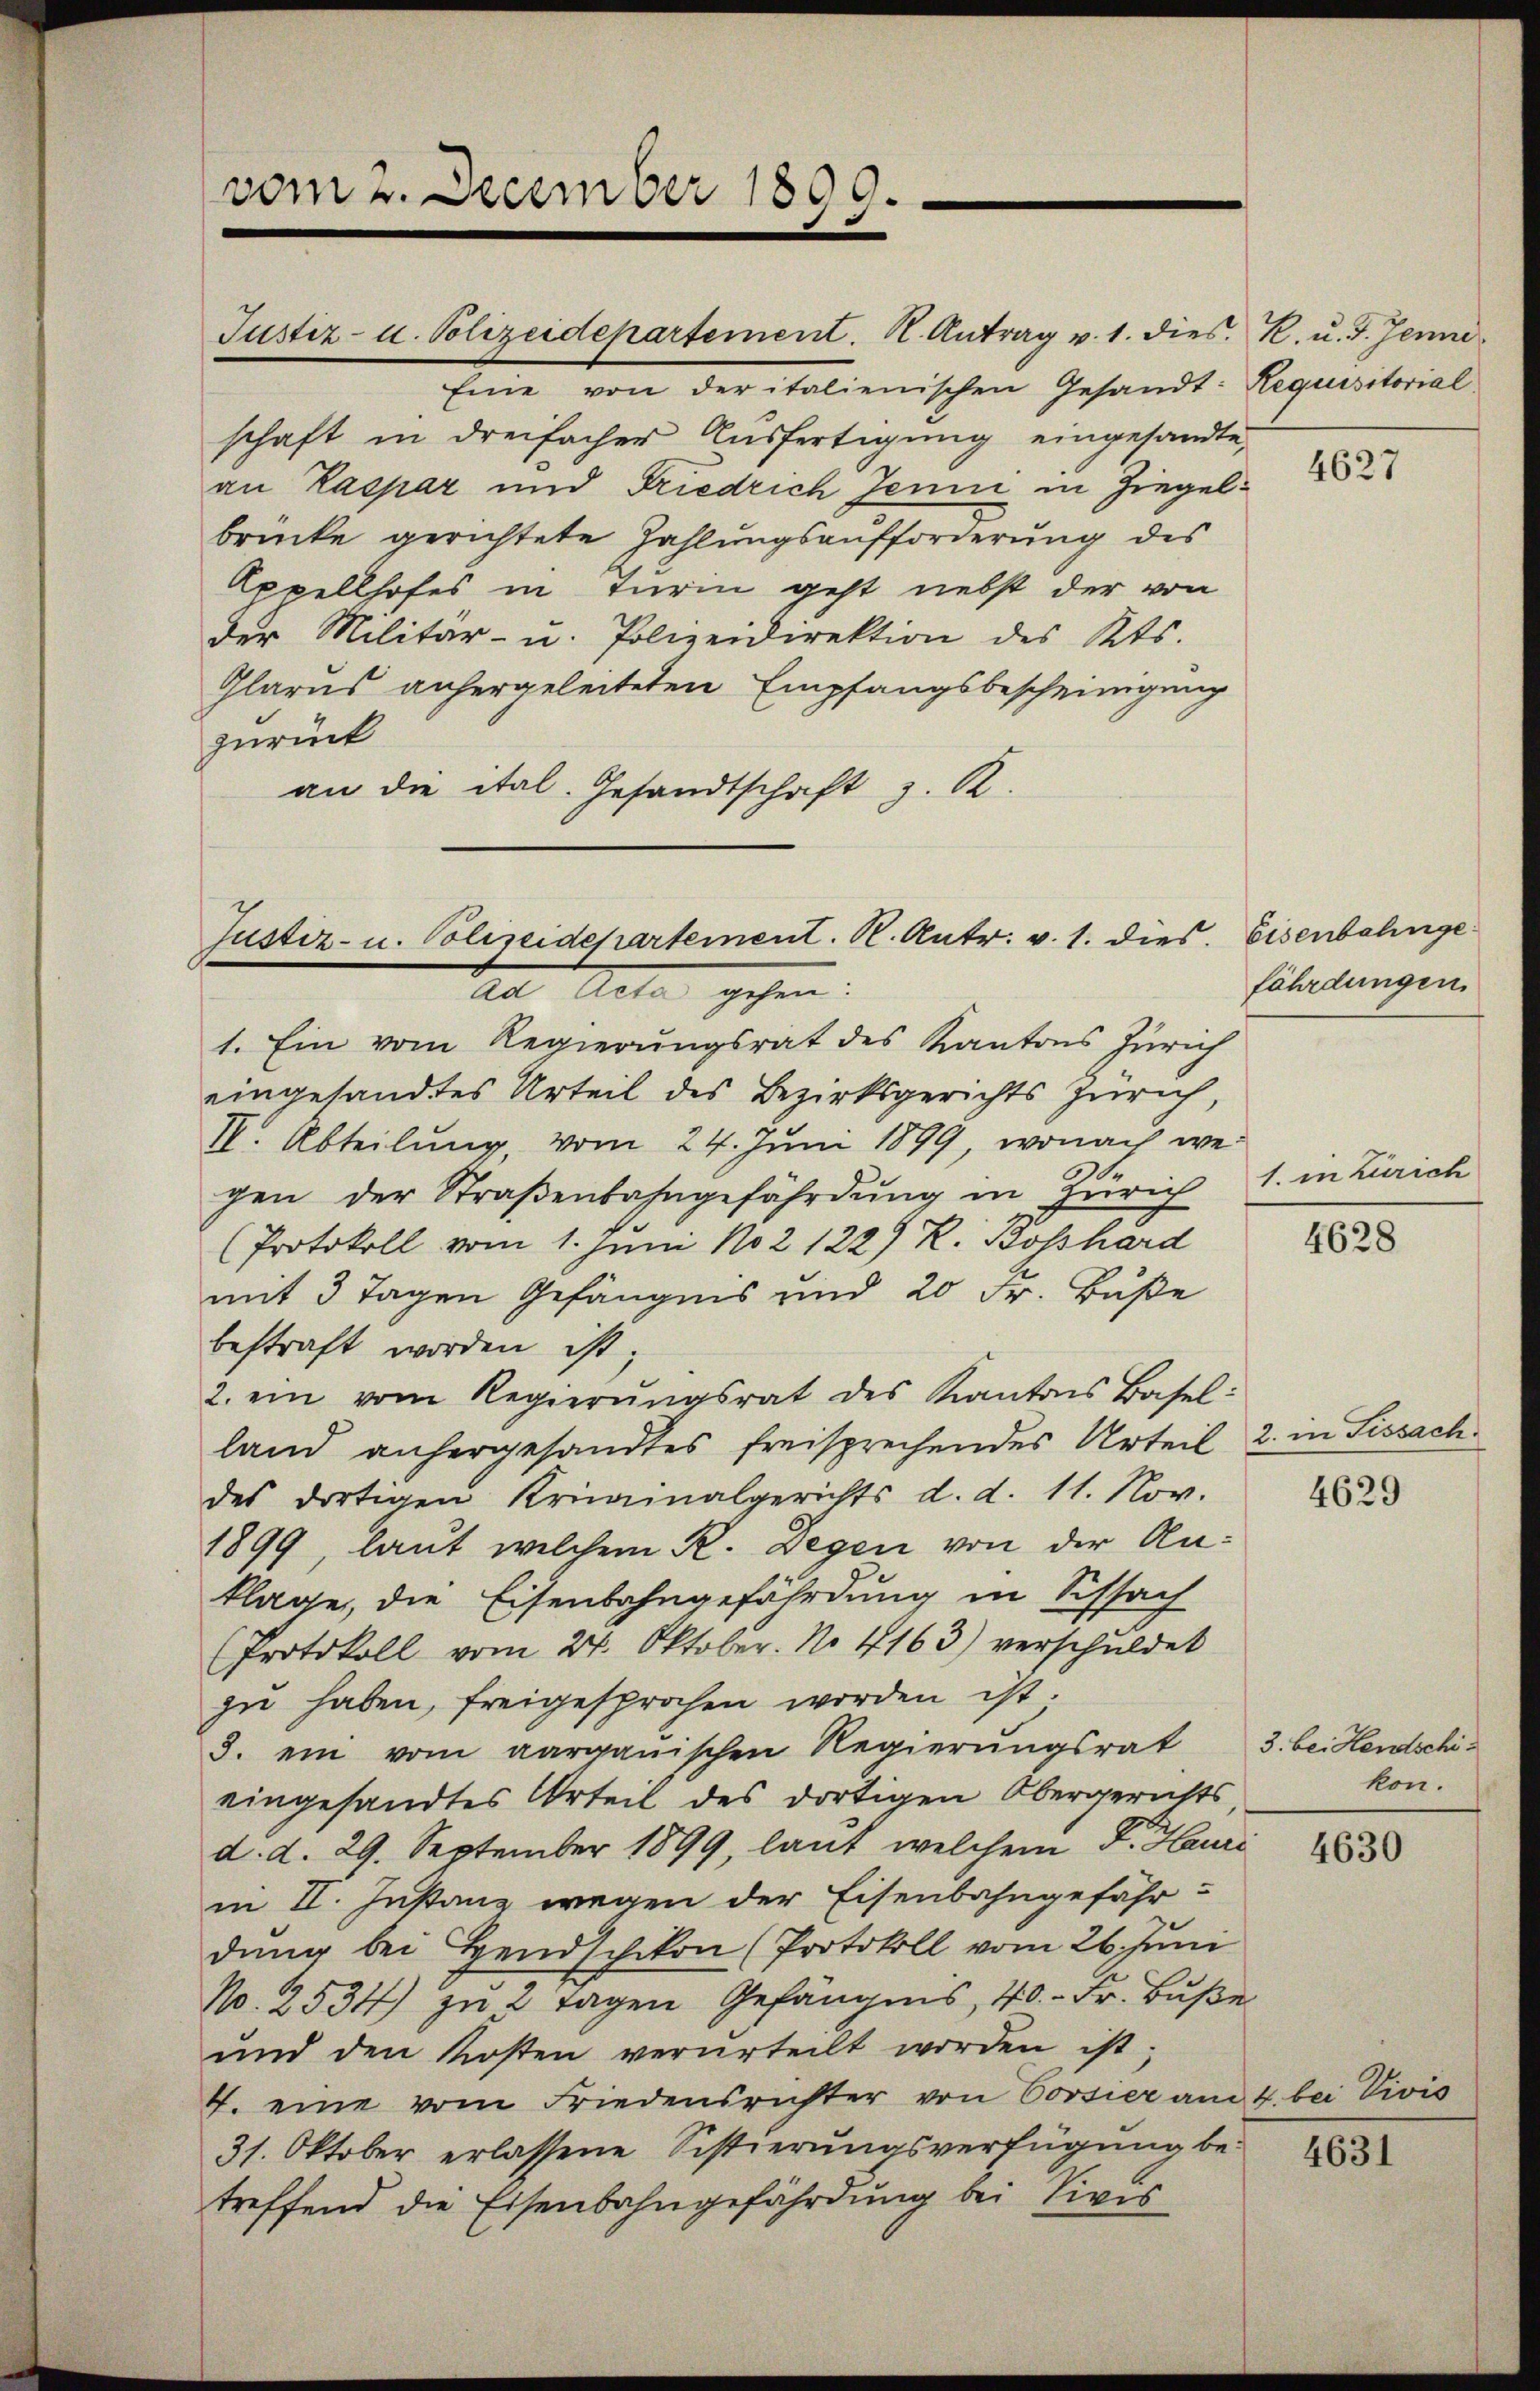
vom 2. December 1890.

Justiz- u. Polizeidepartement. K. Antrag v. 1. dies. R. u. F. Jenne
Eine von der italienischen Gesandt: Requisitorial
schaft in dreifacher Ausfertigung eingesandte,
an Kaspar und Friedrich Jenni in Ziegelbrücke gerichtete Zahlungsaufforderung des
Appellhofes in Turin geht nebst der von
der Militär- u. Polizeidirektion des Kts.
Glarus anhergeleiteten Empfangsbescheinigung
zurück
an die ital. Gesandtschaft z. R.

Justiz- u. Polizeidepartement. K. Antr. v. 1. dies. Eisenbahnge

Tad Acta gehen:
1. Ein vom Regierungsrat des Kantons Zürich
eingesandtes Urteil des Bezirksgerichts Zürich,
IV. Abteilung, vom 24. Juni 1899, wonach wei
gen der Straβenbahngefährdung in Zürich 1. in Zürich
(Protokoll vom 1. Juni N021229 R. Boßhard
mit 3 Tagen Gefängnis und 20 Fr. Buße
bestraft worden ist;
2. ein vom Regierŭngsrat des Kantons Basel:
land anhergesandtes freisprechendes Urteil 2. in Sissachdes dortigen Kriminalgerichts d. d. 11. Nov.
1899, laut welchem K. Gegen von der Anklage, die Eisenbahngefährdung in Schsach
Protokoll vom 24. Oktober. No 4163) verschuldet
zu haben, freigesprochen worden ist.
3. ein vom aargauischen Regierŭngsrat 3. bei Hendtschieingesandtes Urteil des dortigen Obergerichts,
d. d. 29. September 1899, laut welchem F. Heure
in II. Instanz wegen der Eisenbahngefähr-
dung bei Hendschikon (Protokoll vom 26. Juni
N. 2534) zu 2 Tagen Gefängnis, 40.- Fr. Buße
und den Kosten verurteilt worden ist;
4. eine vom Friedensrichter von Corsier am 4. bei Vivis
31. Oktober erlassene Sistierŭngsverfügŭng be-
treffend die Eisenbahngefährdung bei Sivis

4627

fährdungen.

4628

4629

kon.

4630

4631